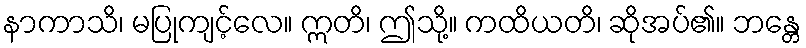
နာကာသိ၊ မပြုကျင့်လေ။ ဣတိ၊ ဤသို့။ ကထိယတိ၊ ဆိုအပ်၏။ ဘန္တေ